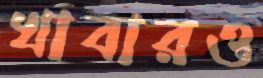
খাবারও